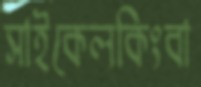
সাইকেলকিংবা